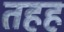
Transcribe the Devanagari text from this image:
तहह